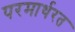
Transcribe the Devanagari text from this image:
परमार्थरत